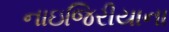
નાઇજિરીયાના